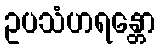
ဥပသံဟရန္တော